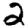
Digit: 2